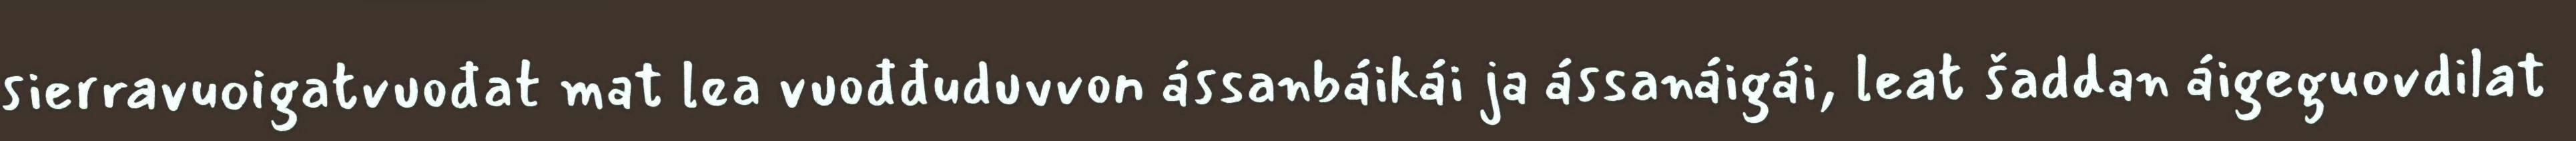
sierravuoigatvuođat mat lea vuođđuduvvon ássanbáikái ja ássanáigái, leat šaddan áigeguovdilat